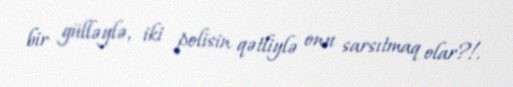
bir gülləylə, iki polisin qətliylə onu sarsıtmaq olar?!.